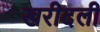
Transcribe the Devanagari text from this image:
खरीदली